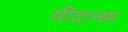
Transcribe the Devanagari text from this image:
मीदानम